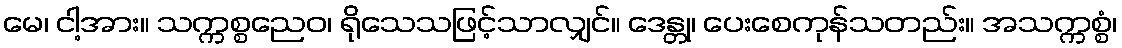
မေ၊ ငါ့အား။ သက္ကစ္စညေဝ၊ ရိုသေသဖြင့်သာလျှင်။ ဒေန္တု၊ ပေးစေကုန်သတည်း။ အသက္ကစ္စံ၊